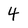
Character: 4